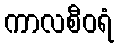
ကာလစီဝရံ